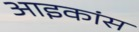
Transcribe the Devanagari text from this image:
आइकांस